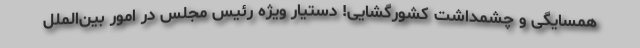
همسایگی و چشمداشت کشورگشایی! دستیار ویژه رئیس مجلس در امور بین‌الملل